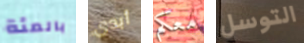
بالمئة أبدى معكم التوسل